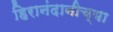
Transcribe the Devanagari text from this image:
हिरानंदानीच्या